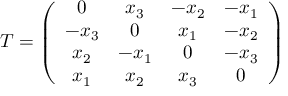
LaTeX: T = \left( \begin{array} { c c c c } { { 0 } } & { { x _ { 3 } } } & { { - x _ { 2 } } } & { { - x _ { 1 } } } \\ { { - x _ { 3 } } } & { { 0 } } & { { x _ { 1 } } } & { { - x _ { 2 } } } \\ { { x _ { 2 } } } & { { - x _ { 1 } } } & { { 0 } } & { { - x _ { 3 } } } \\ { { x _ { 1 } } } & { { x _ { 2 } } } & { { x _ { 3 } } } & { { 0 } } \end{array} \right)